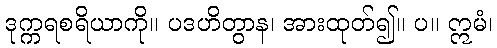
ဒုက္ကရစရိယာကို။ ပဒဟိတွာန၊ အားထုတ်၍။ ပ။ ဣမံ၊